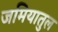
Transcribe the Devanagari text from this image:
जमियातुल